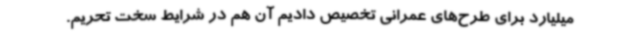
میلیارد برای طرح‌های عمرانی تخصیص دادیم آن هم در شرایط سخت تحریم.